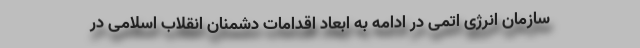
سازمان انرژی اتمی در ادامه به ابعاد اقدامات دشمنان انقلاب اسلامی در